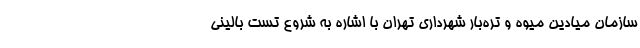
سازمان میادین میوه و تره‌بار شهرداری تهران با اشاره به شروع تست بالینی